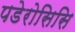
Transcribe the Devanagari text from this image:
पडेरोसिसि